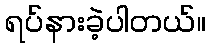
ရပ်နားခဲ့ပါတယ်။